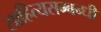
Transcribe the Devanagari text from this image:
साहित्यसम्बन्धी